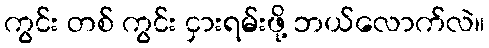
ကွင်း တစ် ကွင်း ငှားရမ်းဖို့ ဘယ်လောက်လဲ။